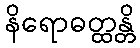
နိရောဓတ္ထန္တိ